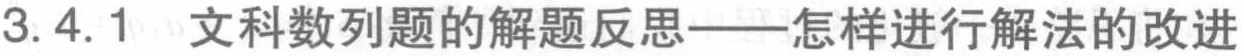
3.4.1 文科数列题的解题反思——怎样进行解法的改进